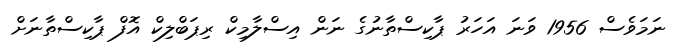
ނަމަވެސް 1956 ވަނަ އަހަރު ޕާކިސްތާނުގެ ނަން އިސްލާމިކް ރިޕަބްލިކް އޮފް ޕާކިސްތާނަށް